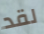
لقد